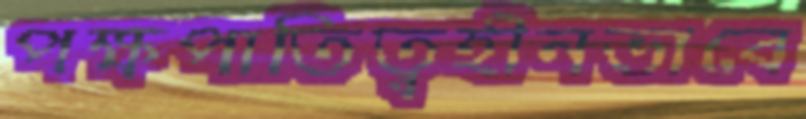
পক্ষপাতিত্বহীনভাবে